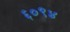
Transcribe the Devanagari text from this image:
६०९४